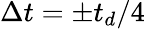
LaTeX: \Delta t=\pm t_{d}/4